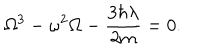
\Omega ^ { 3 } - \omega ^ { 2 } \Omega - \frac { 3 \hbar \lambda } { 2 m } = 0 .